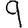
Digit: 9